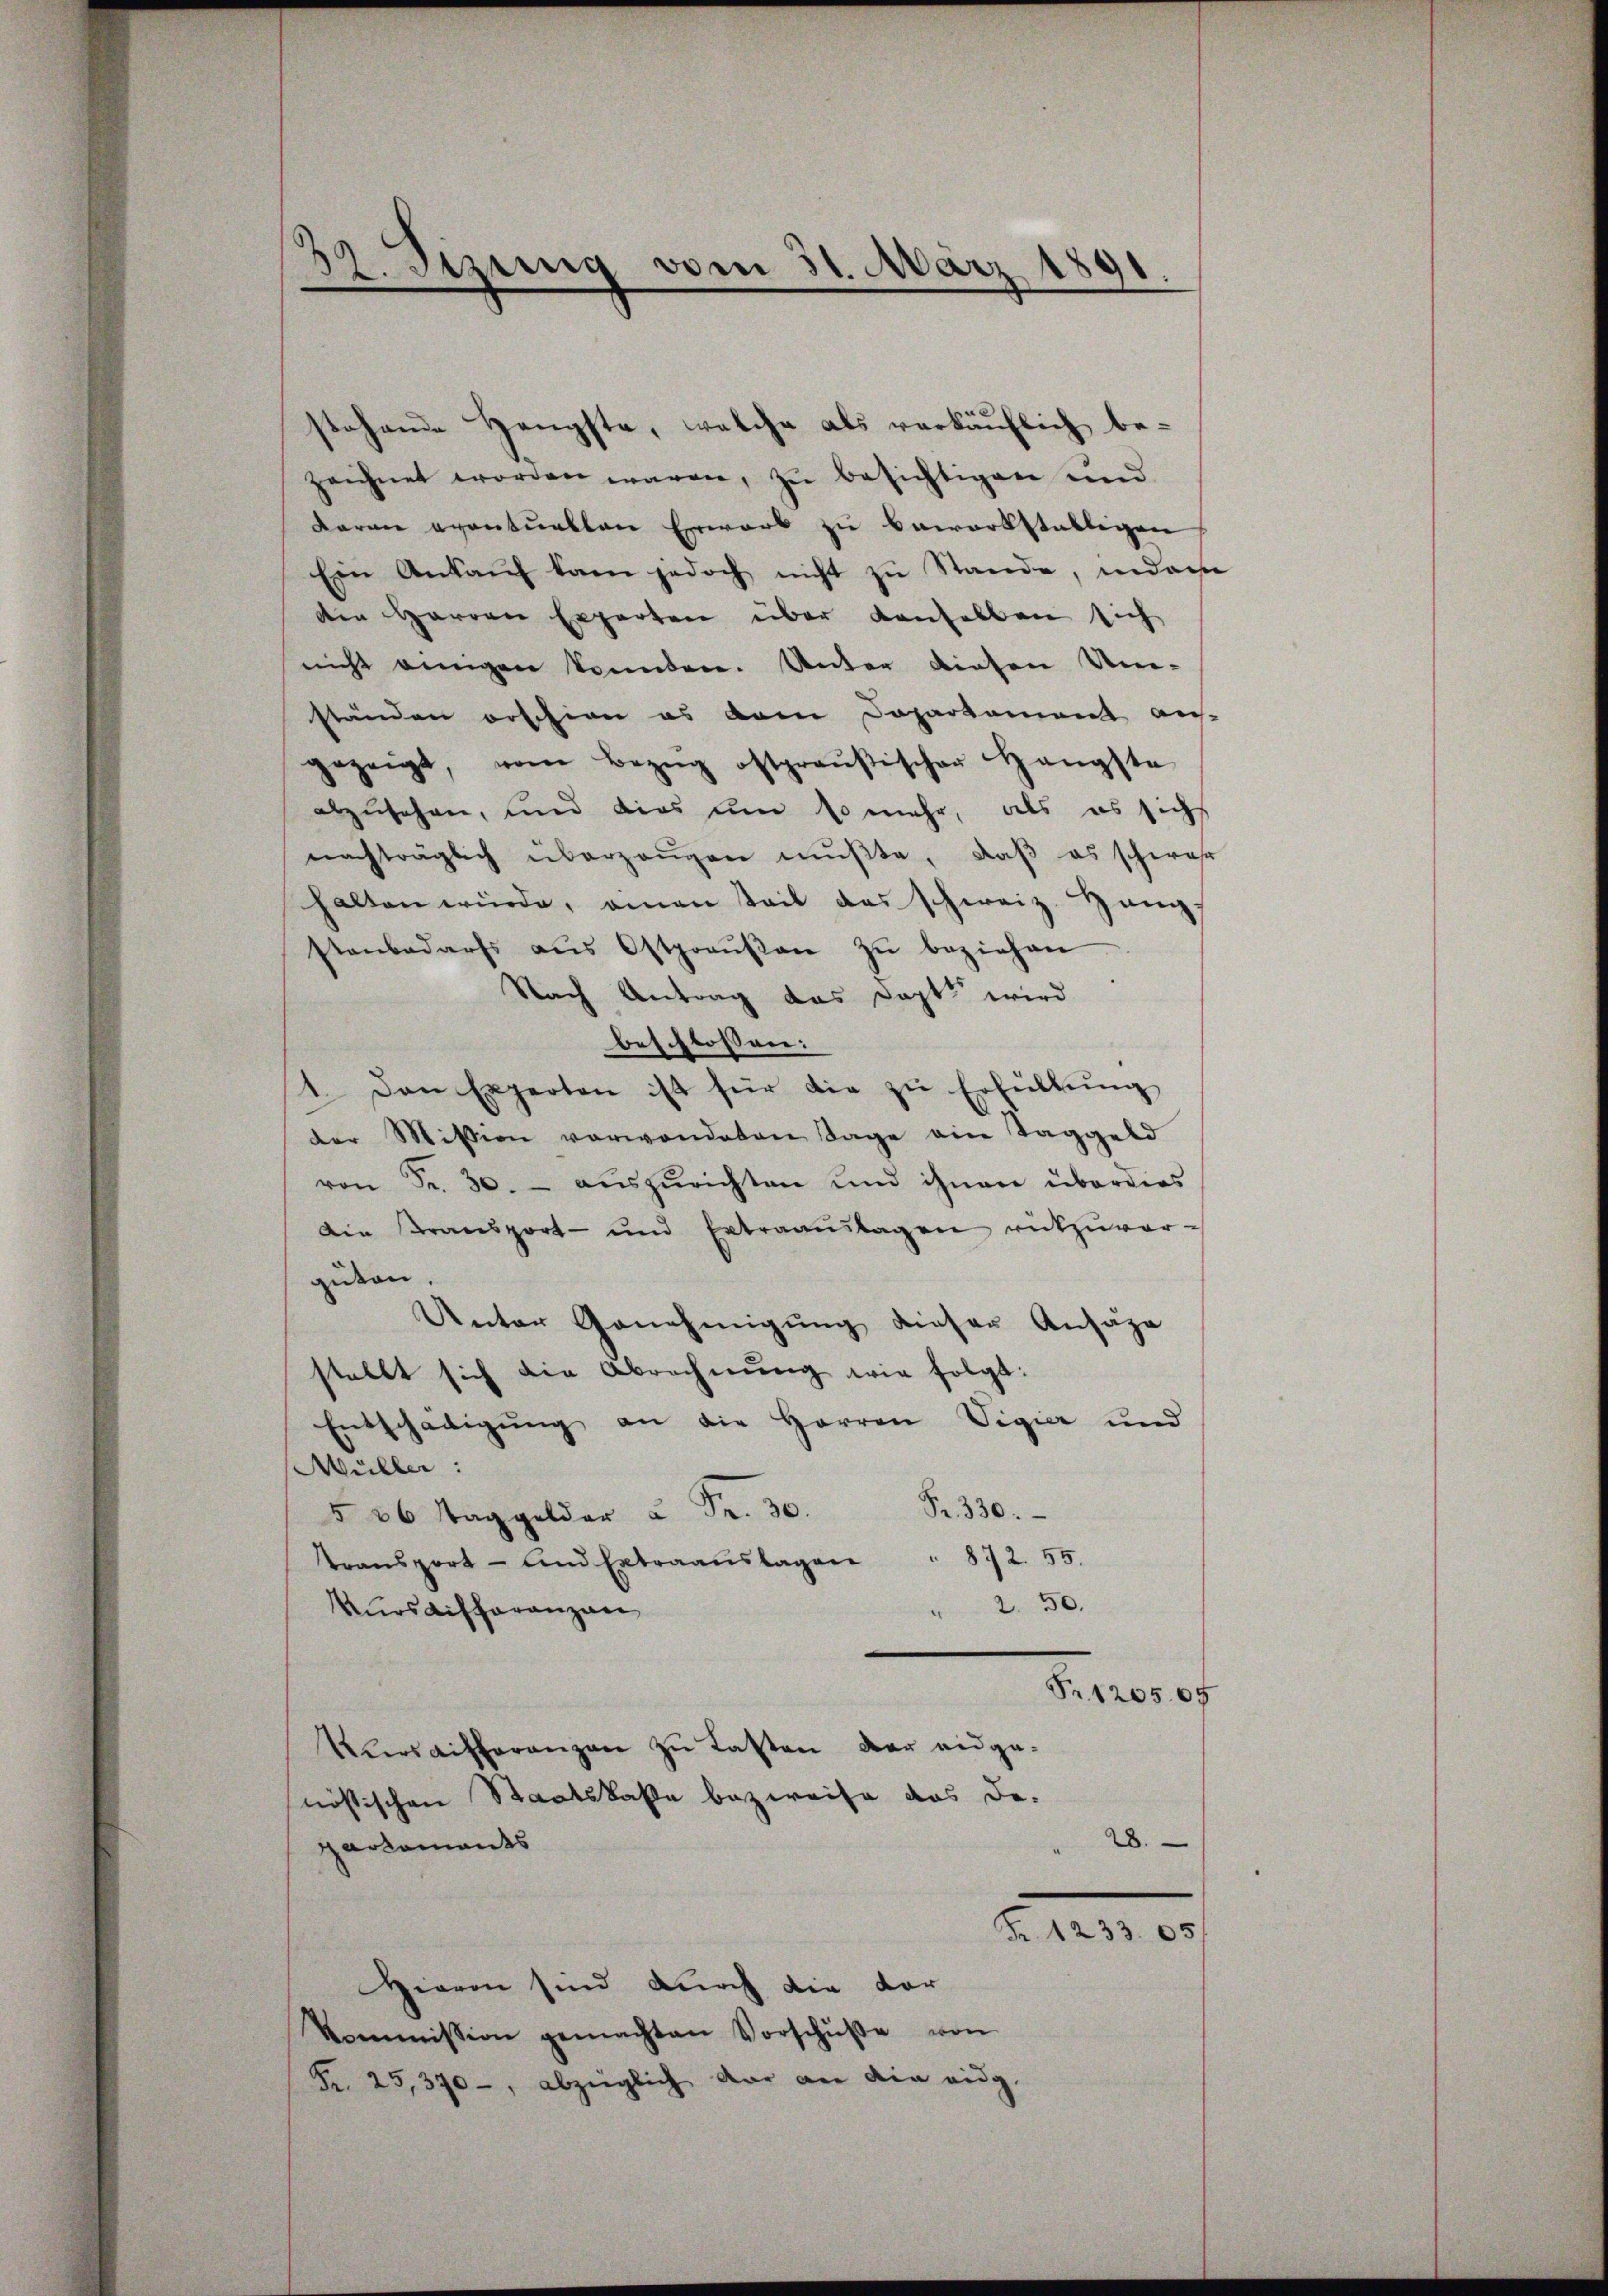
stehende Haupste, welche als verkäuflich bezeichnet worden wären, zu besichtigen und
daran eventuellen Erwarb zu bewerkställigen
Ein Ankauf kam jedoch nicht zu Stande, indame
den Herren Erparten über denselben sich
nicht einigen konnten. Unter diesen Um-
ständen orschien es dem Dopartament an-
gezeigt, vom Bezŭg ostpraŭsischer Hängste
abzusehen, und dies um so mehr, als es sich
nachträglich überzeŭgen mŭβte, daß es schwehr
halten würde, amen teil das schweiz. Hang-
stenbadarfs aŭs Ostpraŭsan zŭ beziehen
Nach Antrag das Dapt wird
beschlossen:
14. Den Experten ist für die zŭ Erfüllŭng
der Mission verwendeten Tage ein Taggeld
von Fr. 30. aŭszŭrichten und ihnen überdies
Die Kransport- und Ertraaŭslagen rükzuver-
geden.
Unter Genehmigung dieser Ansäze
stellt sich die Abrechnŭng wie folgt:
Entschädigung an die Herren Vigier und
Müller :
            330.
Transport- und Extraanslagen . 872. 55.
 2. 50.
Kursdifferanzan
Fr. 120505
Kŭrsaifferenzen zu Lasten der eidge-
nössischen Staatskasse bezweife das De-
28.
Gartements
Fr. 1233. 65
Hieren sind durch die vor
kommission gemachten Vorschüβe von
Fr. 25,370, abzüglich dar an die eidg.

52. Sizung vom 31. März 1891